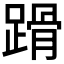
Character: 𨃴